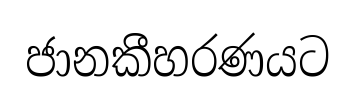
ජානකීහරණයට